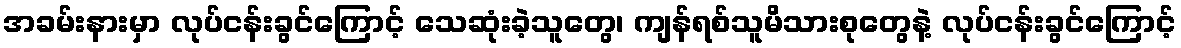
အခမ်းနားမှာ လုပ်ငန်းခွင်ကြောင့် သေဆုံးခဲ့သူတွေ၊ ကျန်ရစ်သူမိသားစုတွေနဲ့ လုပ်ငန်းခွင်ကြောင့်